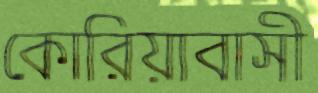
কোরিয়াবাসী